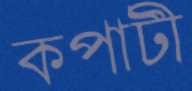
কপাটী